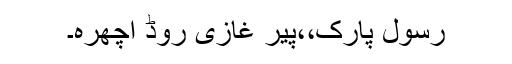
رسول پارک،،پیر غازی روڈ اچھرہ۔